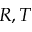
R , T